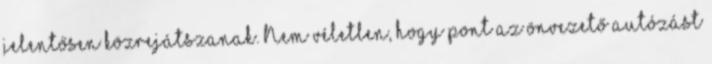
jelentősen közrejátszanak. Nem véletlen, hogy pont az önvezető autózást